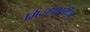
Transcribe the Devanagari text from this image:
मिन्ह्राासीज